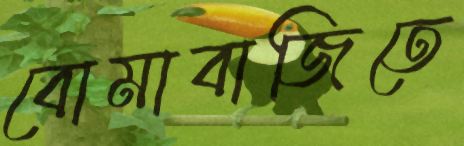
বোমাবাজিতে